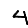
Digit: 4